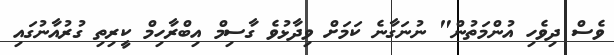
ވެސް ދިވެހި އުންމަތުން" ނުނަގާނެ ކަމަށް ވިދާޅުވެ ގާސިމް އިބްރާހިމް ކީރިތި ގުރުއާނުގައި